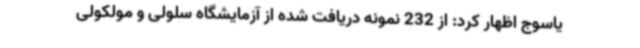
یاسوج اظهار کرد: از 232 نمونه دریافت شده از آزمایشگاه سلولی و مولکولی